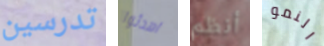
تدرسين اهدئوا أنظم النمو